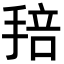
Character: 𢮏